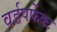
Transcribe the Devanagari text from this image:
वर्डपर्फेक्ट